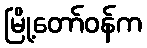
မြို့တော်ဝန်က